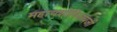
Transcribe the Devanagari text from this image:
महायशोविजयजी